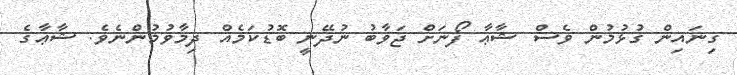
ގިނައިން ގުޅުމުން ވެސް ޝާޢާ ފޯނަށް ޖަވާބު ނުދޭނީ ބޮޑުކަމެއް ދިމާވުމުންނެވެ. ޝާޢާގެ